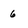
Character: 6